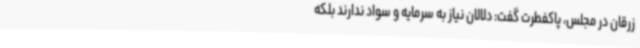
زرقان در مجلس، پاکفطرت گفت: دلالان نیاز به سرمایه و سواد ندارند بلکه